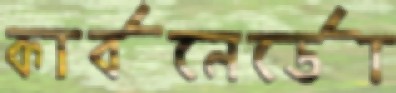
কার্বনের্ডো